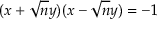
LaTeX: ( x + { \sqrt { n } } y ) ( x - { \sqrt { n } } y ) = - 1